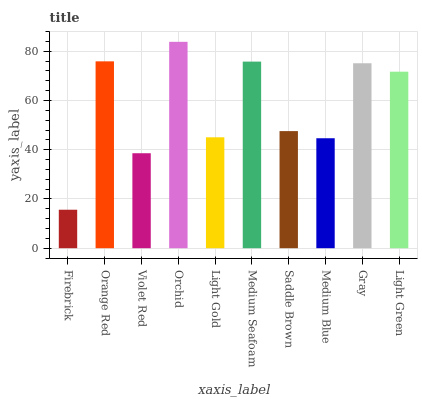
| xaxis_label | bars |
 | --- | --- |
 | Firebrick | 15.6 |
 | Orange Red | 75.9 |
 | Violet Red | 38.6 |
 | Orchid | 83.8 |
 | Light Gold | 45 |
 | Medium Seafoam | 75.8 |
 | Saddle Brown | 47.6 |
 | Medium Blue | 44.7 |
 | Gray | 75.1 |
 | Light Green | 71.7 |